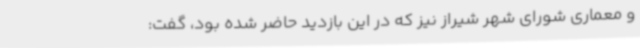
و معماری شورای شهر شیراز نیز که در این بازدید حاضر شده بود، گفت: